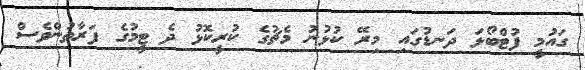
ގައުމީ ފުޓްބޯޅަ ދަނޑުގައި މިރޭ ކުޅުނު މެޗުގެ ކުރީކޮޅު ދެ ޓީމުގެ ފަރާތުންވެސް